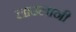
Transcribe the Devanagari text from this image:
लाउलानी